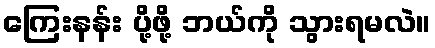
ကြေးနန်း ပို့ဖို့ ဘယ်ကို သွားရမလဲ။